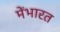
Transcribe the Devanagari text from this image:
मेंभारत